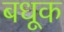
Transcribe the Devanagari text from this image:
बधूक